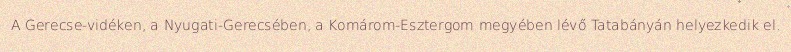
A Gerecse-vidéken, a Nyugati-Gerecsében, a Komárom-Esztergom megyében lévő Tatabányán helyezkedik el.